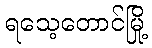
ရသေ့တောင်မြို့